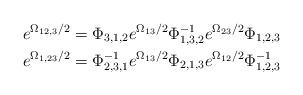
LaTeX: \begin{align*}&e^{\Omega_{12,3}/2}=\Phi_{3,1,2}e^{\Omega_{13}/2}\Phi_{1,3,2}^{-1}e^{\Omega_{23}/2}\Phi_{1,2,3}\\&e^{\Omega_{1,23}/2}=\Phi_{2,3,1}^{-1}e^{\Omega_{13}/2}\Phi_{2,1,3}e^{\Omega_{12}/2}\Phi_{1,2,3}^{-1}\end{align*}